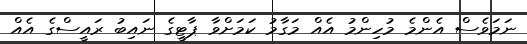
ނަމަވެސް އެންމެ މުހިންމު އެއް މަގާމު ކަމަށްވާ ޕާޓީގެ ނައިބު ރައީސްގެ އެއް